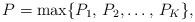
LaTeX: \begin{align*}P=\max\{P_1,\,P_2,\ldots,\,P_K \},\end{align*}